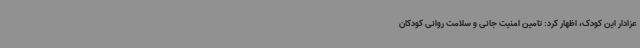
عزادار این کودک، اظهار کرد: تامین امنیت جانی و سلامت روانی کودکان